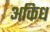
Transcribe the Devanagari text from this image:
अकिध